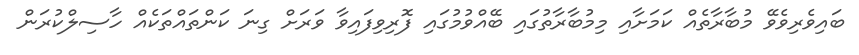
ބައިވެރިވެވޭ މުބާރާތެއް ކަމަށާއި މިމުބާރާތުގައި ބޭއްވުމުގައި ފޮރިވިފައިވާ ވަރަށް ގިނަ ކަންތައްތަކެއްް ހާސިލްކުރަން